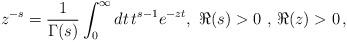
LaTeX: \begin{align*}z^{-s}=\frac{1}{\Gamma(s)} \int_{0}^{\infty} dt \,t^{s-1}e^{-zt},\,\,\Re(s)>0\,\,,\,\Re(z)>0\,, \end{align*}